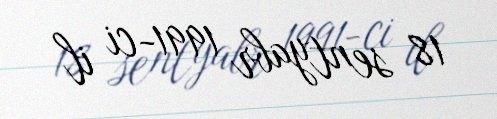
18 sentyabr 1991-ci il